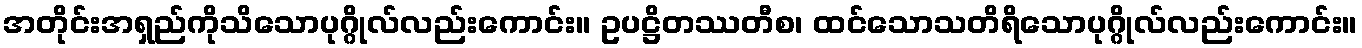
အတိုင်းအရှည်ကိုသိသောပုဂ္ဂိုလ်လည်းကောင်း။ ဥပဋ္ဌိတဿတီစ၊ ထင်သောသတိရိသောပုဂ္ဂိုလ်လည်းကောင်း။